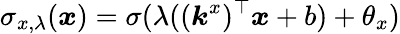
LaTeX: \sigma_{x,\lambda}(\boldsymbol{x})=\sigma(\lambda((\boldsymbol{k}^{x})^{\top}\boldsymbol{x}+b)+\theta_{x})